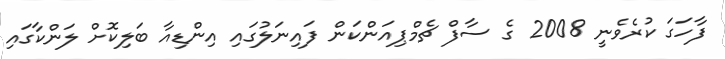
ފާހަގަ ކުރެވެނީ 2008 ގެ ސާފް ޗެމްޕިއަންކަން ފައިނަލުގައި އިންޑިއާ ބަލިކޮށް ލަންކާގައި